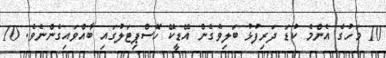
10 މަހުގެ އެންމެ ކުޑަ ދަރިފުޅު ބަލިވެގެން އޭޑީކޭ ހޮސްޕިޓަލުގައި ބާއްވައިގެންނެވެ. 10